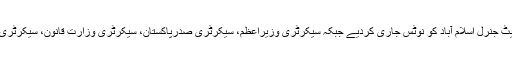
عدالت نے وفاقی حکومت، اٹارنی جنرل آف پاکستان اور ایڈووکیٹ جنرل اسلام آباد کو نوٹس جاری کردیے جبکہ سیکرٹری وزیراعظم، سیکرٹری صدرپاکستان، سیکرٹری وزارت قانون، سیکرٹری سینیٹ اور سیکرٹری قومی اسمبلی سے بھی جواب طلب کرلیا۔